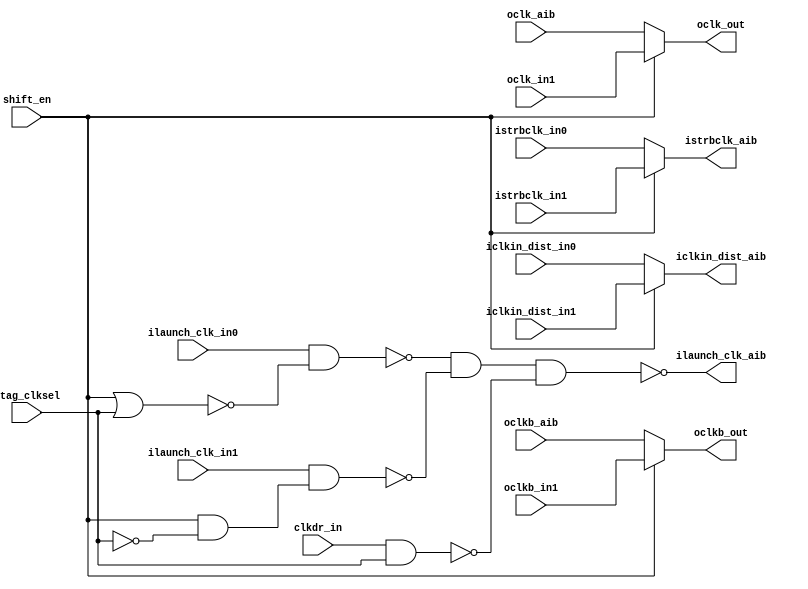
// SPDX-License-Identifier: Apache-2.0
// Copyright (C) 2019 Intel Corporation. All rights reserved
// Library - aibcr3_lib, Cell - aibcr3_red_custom_dig2, View -
//schematic
// LAST TIME SAVED: Sep  5 22:37:21 2016
// NETLIST TIME: Sep  8 13:11:44 2016
`timescale 1ns / 1ns 

module aibcr3_red_custom_dig2 ( iclkin_dist_aib, ilaunch_clk_aib,
     istrbclk_aib, oclk_out, oclkb_out, clkdr_in,
     iclkin_dist_in0, iclkin_dist_in1, ilaunch_clk_in0,
     ilaunch_clk_in1, istrbclk_in0, istrbclk_in1, jtag_clksel,
     oclk_aib, oclk_in1, oclkb_aib, oclkb_in1, shift_en );

output  iclkin_dist_aib, ilaunch_clk_aib, istrbclk_aib, oclk_out,
     oclkb_out;


input  clkdr_in, iclkin_dist_in0, iclkin_dist_in1, ilaunch_clk_in0,
     ilaunch_clk_in1, istrbclk_in0, istrbclk_in1, jtag_clksel,
     oclk_aib, oclk_in1, oclkb_aib, oclkb_in1, shift_en;

wire jtag_clksel_buf;
wire ilaunch_clk_mux;
wire iclkin_dist_muxb;
wire net190;
wire jtag_clksel_b;

assign shift_enbuf = shift_en;
assign lclk_s0     = ~ (shift_enbuf | jtag_clksel_buf);
assign oclkb_mux   = shift_enbuf ? oclkb_in1 : oclkb_aib;
assign oclk_mux    = shift_enbuf ? oclk_in1  : oclk_aib ;  
assign istrbclk_mux = shift_enbuf ? istrbclk_in1 : istrbclk_in0;
assign iclkin_dist_mux = shift_enbuf ? iclkin_dist_in1 : iclkin_dist_in0;
assign oclk_muxb = ~ oclk_mux;
assign oclk_out  = ~ oclk_muxb;
assign oclkb_muxb= ~ oclkb_mux;
assign oclkb_out = ~ oclkb_muxb;
assign istrbclk_muxb = ~ istrbclk_mux;
assign ilaunch_clk_muxb = ~ ilaunch_clk_mux;
assign ilaunch_clk_aib  = ~ ilaunch_clk_muxb;
assign iclkin_dist_aib  = ~ iclkin_dist_muxb;
assign iclkin_dist_muxb = ~ iclkin_dist_mux;
assign istrbclk_aib = ~ istrbclk_muxb;
assign lclk_s1 = ~ net190;
assign jtag_clksel_buf = ~ jtag_clksel_b ;
assign jtag_clksel_b   = ~ jtag_clksel ;
assign net184 = ~ ( clkdr_in & jtag_clksel_buf );
assign net183 = ~ ( ilaunch_clk_in1 & lclk_s1 );
assign net189 = ~ ( ilaunch_clk_in0 & lclk_s0 );
assign net190 = ~ ( shift_enbuf     & jtag_clksel_b );
assign ilaunch_clk_mux = ~ ( net189 & net183 & net184 );


endmodule